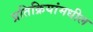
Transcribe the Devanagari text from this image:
प्रतिक्रियांमधील